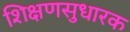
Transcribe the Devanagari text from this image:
शिक्षणसुधारक